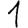
Digit: 1